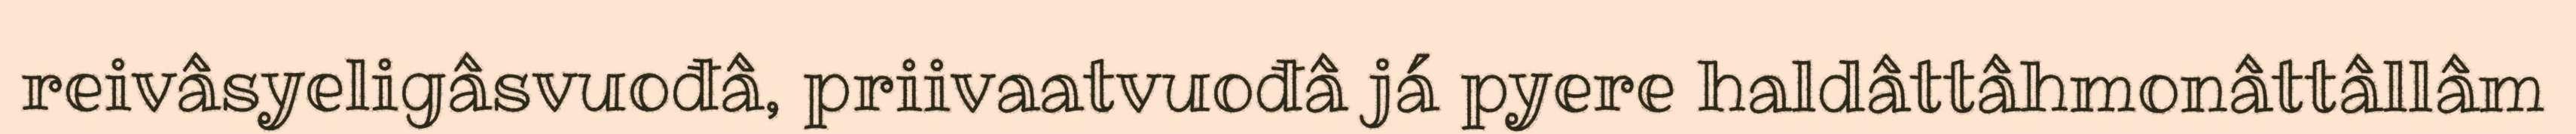
reivâsyeligâsvuođâ, priivaatvuođâ já pyere haldâttâhmonâttâllâm